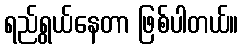
ရည်ရွယ်နေတာ ဖြစ်ပါတယ်။